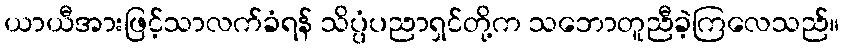
ယာယီအားဖြင့်သာလက်ခံရန် သိပ္ပံပညာရှင်တို့က သဘောတူညီခဲ့ကြလေသည်။